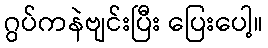
ဂွပ်ကနဲဗျင်းပြီး ပြေးပေါ့။